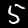
Digit: 5